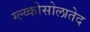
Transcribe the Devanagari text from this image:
ग्ल्य्कोसोलातेद